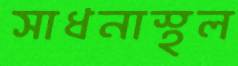
সাধনাস্থল